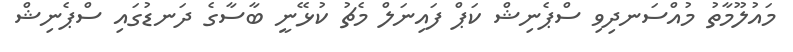
މައުލޫމާތު މުއްސަނދިވި ސްޕެނިޝް ކަޕް ފައިނަލް މެޗު ކުޅޭނީ ބާސާގެ ދަނޑުގައި ސްޕެނިޝް